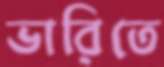
ভারিতে